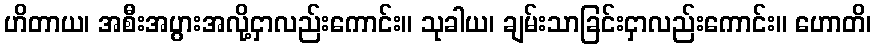
ဟိတာယ၊ အစီးအပွားအလို့ငှာလည်းကောင်း။ သုခါယ၊ ချမ်းသာခြင်းငှာလည်းကောင်း။ ဟောတိ၊